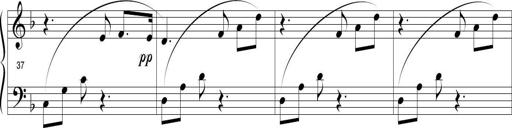
Title: Sonatina in D minor
Composer: Paul Csige
Key: D minor